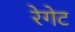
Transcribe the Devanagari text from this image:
रेगेट